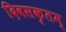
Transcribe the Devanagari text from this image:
दिवसकृतम्‌